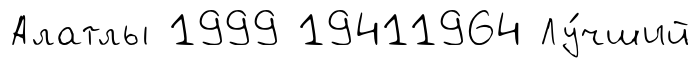
Алатлы 1999 19411964 Лу́чший